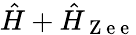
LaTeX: \hat{H}+\hat{H}_{\mathrm{~Z~e~e~}}